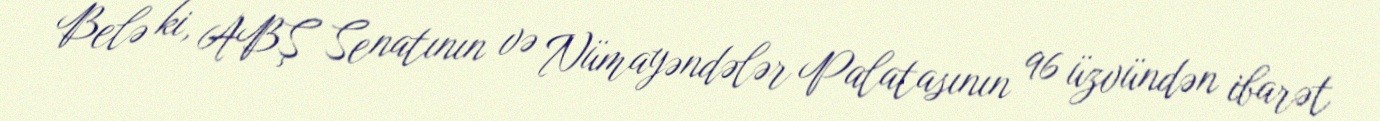
Belə ki, ABŞ Senatının və Nümayəndələr Palatasının 96 üzvündən ibarət